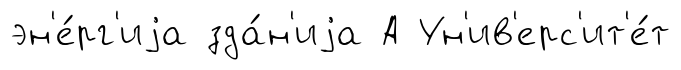
эн'е́рг'иjа зда́н'иjа А Ун'ив'ерс'ит'е́т